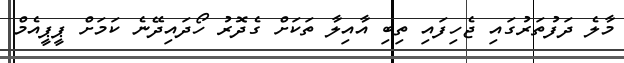
މާލެ ދަފުތަރުގައި ޖެހިފައި ތިބި އާއިލާ ތަކަށް ގެދޮރު ހޯދައިދޭނެ ކަމަށް ޕީޕީއެމް